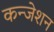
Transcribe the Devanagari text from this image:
कन्जेशन